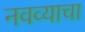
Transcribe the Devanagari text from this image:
नवव्याचा